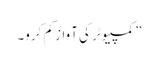
” کمپیوٹر کی آواز کم کرو۔